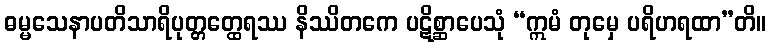
ဓမ္မသေနာပတိသာရိပုတ္တတ္ထေရဿ နိဿိတကေ ပဋိစ္ဆာပေသုံ “ဣမံ တုမှေ ပရိဟရထာ”တိ။